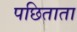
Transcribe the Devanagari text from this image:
पछिताता